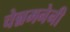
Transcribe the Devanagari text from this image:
चेन्नमनेनी